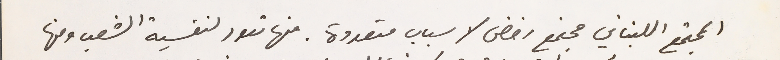
المجتمع اللبناني مجتمع رفض لاسباب متعددة. منها تعود لنفسية الشعب ومنها